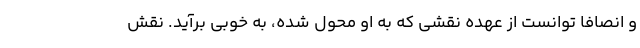
و انصافا توانست از عهده نقشی که به او محول شده، به خوبی برآید. نقش